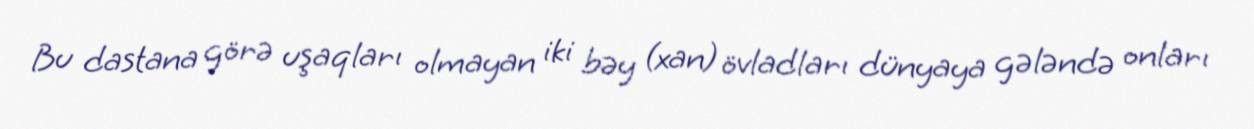
Bu dastana görə uşaqları olmayan iki bəy (xan) övladları dünyaya gələndə onları